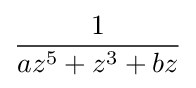
{\frac {1}{az^{5}+z^{3}+bz}}